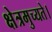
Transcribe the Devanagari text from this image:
क्षेत्रमुच्यते।